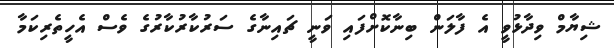
ޝިޔާމް ވިދާޅުވީ އެ ފާލަން ބިނާކޮށްފައި ވަނީ ޗައިނާގެ ސަރުކާރުކާރުގެ ވެސް އެހީތެރިކަމާ